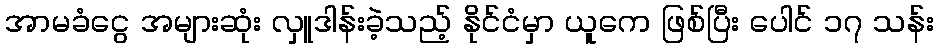
အာမခံငွေ အများဆုံး လှူဒါန်းခဲ့သည့် နိုင်ငံမှာ ယူကေ ဖြစ်ပြီး ပေါင် ၁၇ သန်း